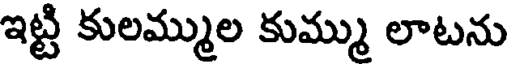
ఇట్టి కులమ్ముల కుమ్ము లాటను